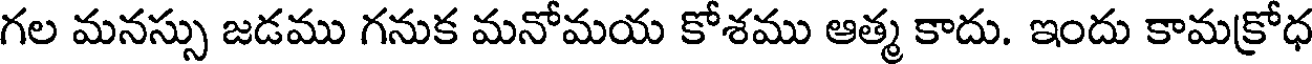
గల మనస్సు జడము గనుక మనోమయ కోశము ఆత్మ కాదు. ఇందు కామక్రోధ